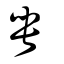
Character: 甹